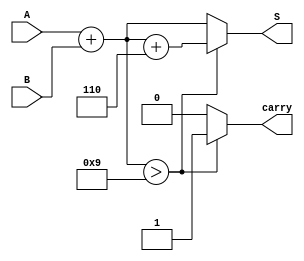
module BCD_Redundant_Binary_Adder (
    input [3:0] A,      // BCD input A
    input [3:0] B,      // BCD input B
    output reg [4:0] S, // Redundant binary output (5 bits)
    output reg carry     // Carry output for next BCD digit
);

    // Intermediate signals
    wire [4:0] sum;     // Sum of A and B
    wire [4:0] corrected_sum; // Corrected sum after BCD adjustment

    // Perform binary addition
    assign sum = {1'b0, A} + {1'b0, B}; // Extend A and B to 5 bits for addition

    // BCD Correction Logic
    always @(*) begin
        if (sum > 5'd9) begin
            corrected_sum = sum + 5'd6; // Add 6 to correct BCD
            carry = 1'b1;                // Set carry if correction is needed
        end else begin
            corrected_sum = sum;         // No correction needed
            carry = 1'b0;                // No carry
        end
        S = corrected_sum;              // Assign the result to output S
    end

endmodule